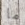
ما